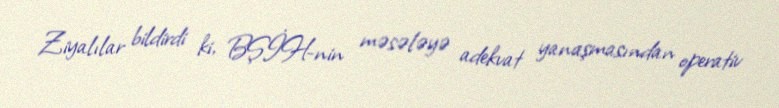
Ziyalılar bildirdi ki, BŞİH-nin məsələyə adekvat yanaşmasından operativ